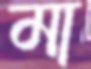
মা